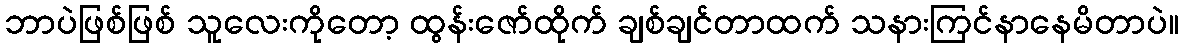
ဘာပဲဖြစ်ဖြစ် သူလေးကိုတော့ ထွန်းဇော်ထိုက် ချစ်ချင်တာထက် သနားကြင်နာနေမိတာပဲ။